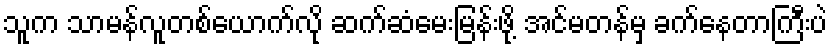
သူက သာမန်လူတစ်ယောက်လို ဆက်ဆံမေးမြန်းဖို့ အင်မတန်မှ ခက်နေတာကြီးပဲ